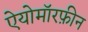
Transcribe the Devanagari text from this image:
ऐयोमॉरफ़ीन